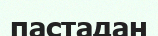
пастадан